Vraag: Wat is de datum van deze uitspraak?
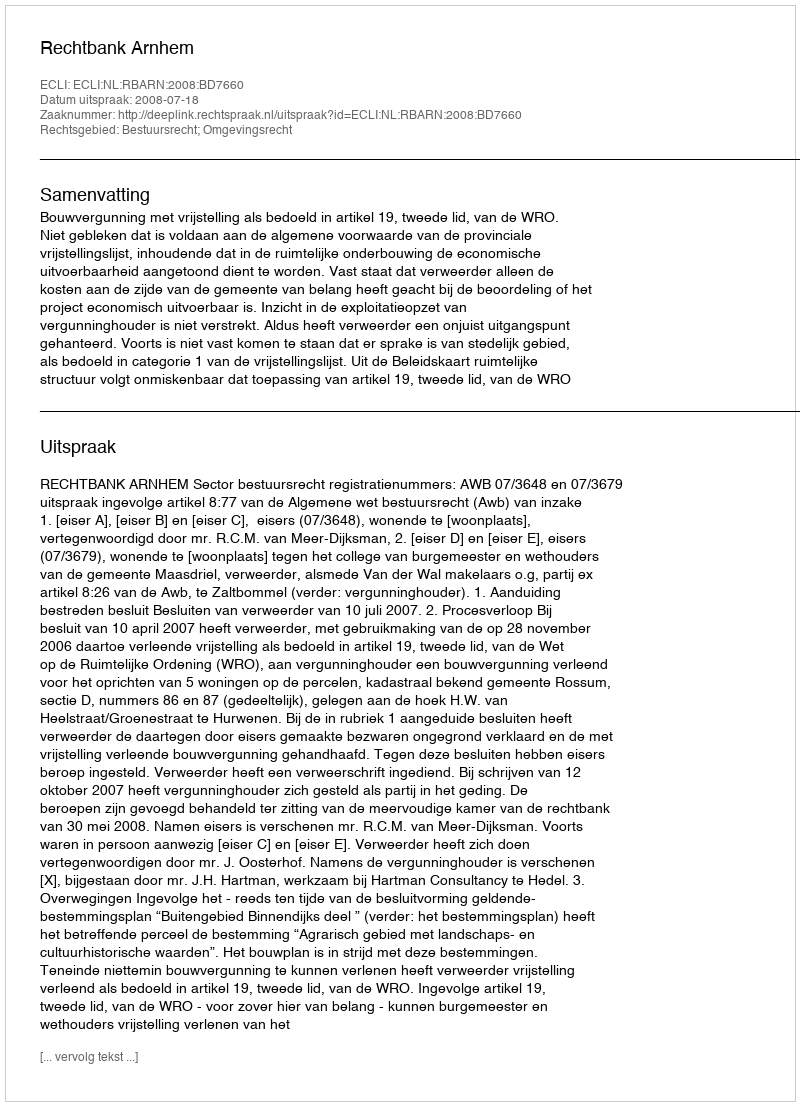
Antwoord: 2008-07-18